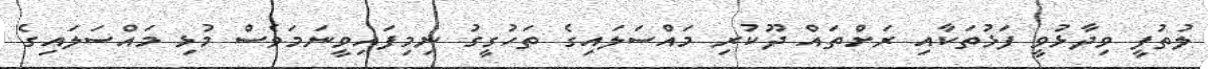
ލުތުފީ ވިދާޅުވީ ފަޅުތަކާއި ރަށްތައް ދޫކުރި މައްސަލައިގެ ތަހުގީގު ނިމިފައިވީނަމަވެސް މުޅި މައްސަލައިގެ